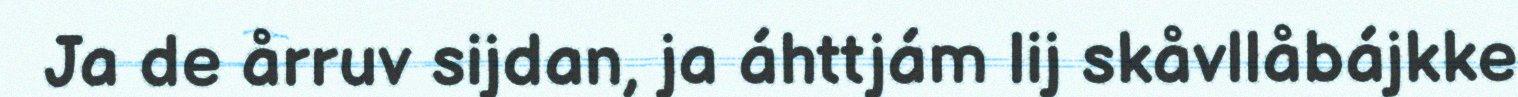
Ja de årruv sijdan, ja áhttjám lij skåvllåbájkke